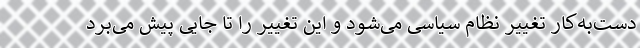
دست‌به‌کار تغییر نظام سیاسی می‌شود و این تغییر را تا جایی پیش می‌برد